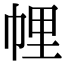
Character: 𢃇